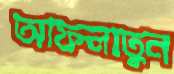
আফলাতুন